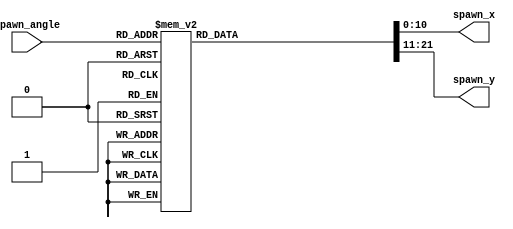
module enemy(
//    input wire [9:0] h_count,
//    input wire [9:0] v_count,
	 input wire [3:0] spawn_angle, //rand_4bit ver
	 //input wire [3:0] enemy_type, //rand_2bit ver
	 output reg [10:0] spawn_x,
	 output reg [10:0] spawn_y
);

	// Define initial position based on spawn angle
	always @* begin
		 case (spawn_angle)
			  4'd0:   begin spawn_x = 320; spawn_y = 0; end
			  4'd1:   begin spawn_x = 385; spawn_y = 48; end
			  4'd2:   begin spawn_x = 448; spawn_y = 117; end
			  4'd3:   begin spawn_x = 495; spawn_y = 200; end
			  4'd4:   begin spawn_x = 521; spawn_y = 295; end
			  4'd5:   begin spawn_x = 521; spawn_y = 385; end
			  4'd6:   begin spawn_x = 495; spawn_y = 480; end
			  4'd7:   begin spawn_x = 448; spawn_y = 563; end
			  4'd8:   begin spawn_x = 385; spawn_y = 632; end
			  4'd9:   begin spawn_x = 320; spawn_y = 680; end
			  4'd10:  begin spawn_x = 255; spawn_y = 632; end
			  4'd11:  begin spawn_x = 192; spawn_y = 563; end
			  4'd12:  begin spawn_x = 145; spawn_y = 480; end
			  4'd13:  begin spawn_x = 119; spawn_y = 385; end
			  4'd14:  begin spawn_x = 119; spawn_y = 295; end
			  4'd15:  begin spawn_x = 145; spawn_y = 200; end
			  default: begin spawn_x = 320; spawn_y = 0; end
		 endcase
	end
	
//	always @* begin
//		 case (enemy_type)
//			  4'd0:
//			  4'd1:
//			  4'd2:

endmodule